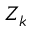
Z _ { k }